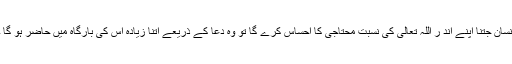
انسان جتنا اپنے اند ر اللہ تعالی کی نسبت محتاجی کا احساس کرے گا تو وہ دعا کے ذریعے اتنا زیادہ اس کی بارگاہ میں حاضر ہو گا ۔